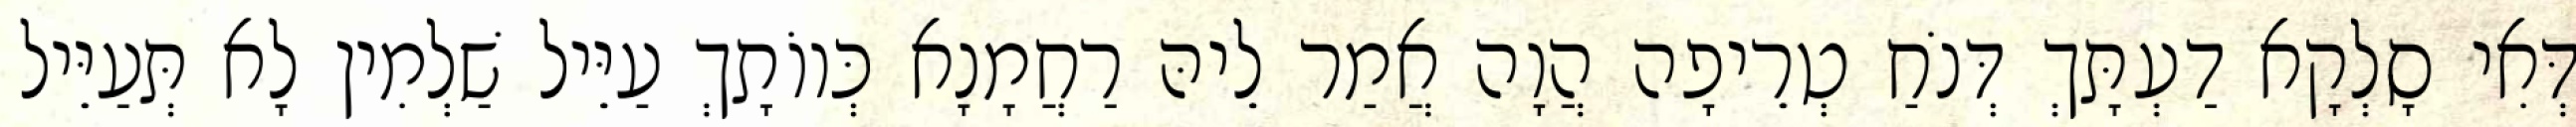
דְּאִי סָלְקָא דַעְתָּךְ דְּנֹחַ טְרֵיפָה הֲוָה אֲמַר לֵיהּ רַחֲמָנָא כְּווֹתָךְ עַיֵּיל שַׁלְמִין לָא תְּעַיֵּיל